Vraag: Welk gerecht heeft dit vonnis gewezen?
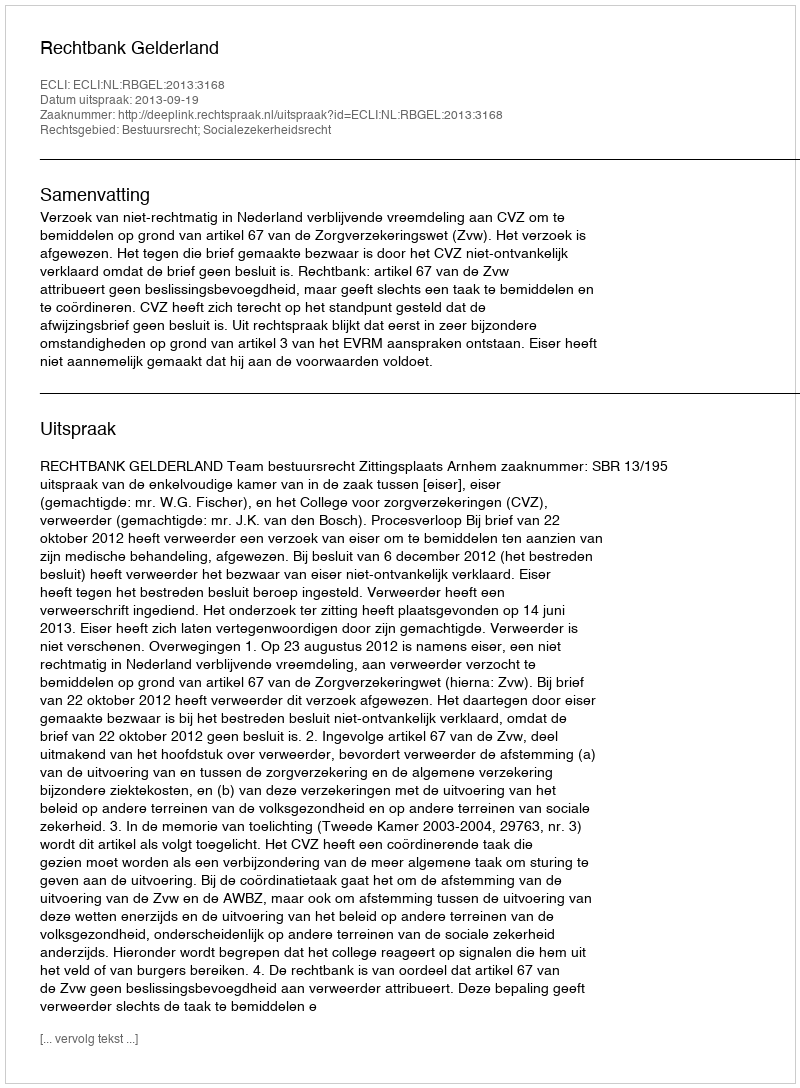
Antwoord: Rechtbank Gelderland